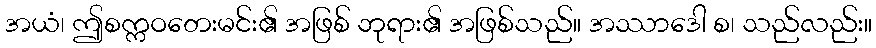
အယံ၊ ဤစက္ကဝတေးမင်း၏ အဖြစ် ဘုရား၏ အဖြစ်သည်။ အဿာဒေါ စ၊ သည်လည်း။